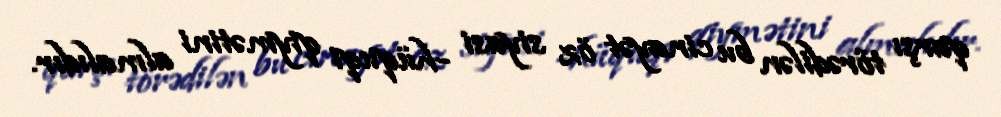
qarşı törədilən bu cinayət öz siyasi -hüquqi qiymətini almalıdır.